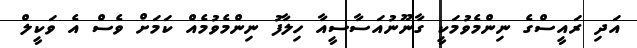
އަދި ރައީސްގެ ނިންމެވުމަކީ ގާނޫނުއަަސާސީއާ ހިލާފު ނިންމެވުމެއް ކަމަށް ވެސް އެ ވަކީލް